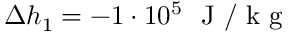
\Delta h _ { 1 } = - 1 \cdot 1 0 ^ { 5 } ~ \mathrm { ~ J ~ / ~ k ~ g ~ }